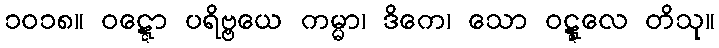
၁၀၁၈။ ဝဋ္ဋော ပရိဗ္ဗယေ ကမ္မာ၊ ဒိကေ၊ သော ဝဋ္ဋုလေ တိသု။